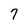
Character: 7